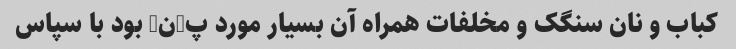
کباب و نان سنگک و مخلفات همراه آن بسیار مورد پ-ن- بود با سپاس